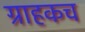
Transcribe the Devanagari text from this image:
ग्राहकच